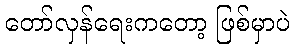
တော်လှန်ရေးကတော့ ဖြစ်မှာပဲ